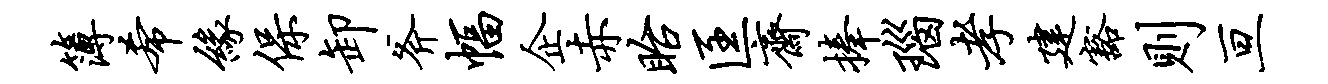
簿希缘保卸斧幅企赤眙匡斋捧瑙孝建豁则亘